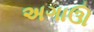
અગાઊ